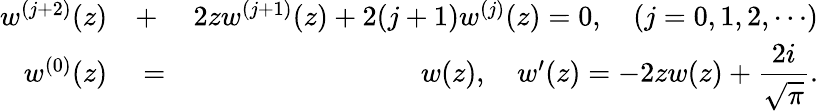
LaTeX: \begin{array}{rlr}{w^{(j+2)}(z)}&{{}+}&{2zw^{(j+1)}(z)+2(j+1)w^{(j)}(z)=0,\quad(j=0,1,2,\cdots)}\\ {w^{(0)}(z)}&{{}=}&{w(z),\quad w^{\prime}(z)=-2zw(z)+\displaystyle{\frac{2i}{\sqrt\pi}}.}\end{array}